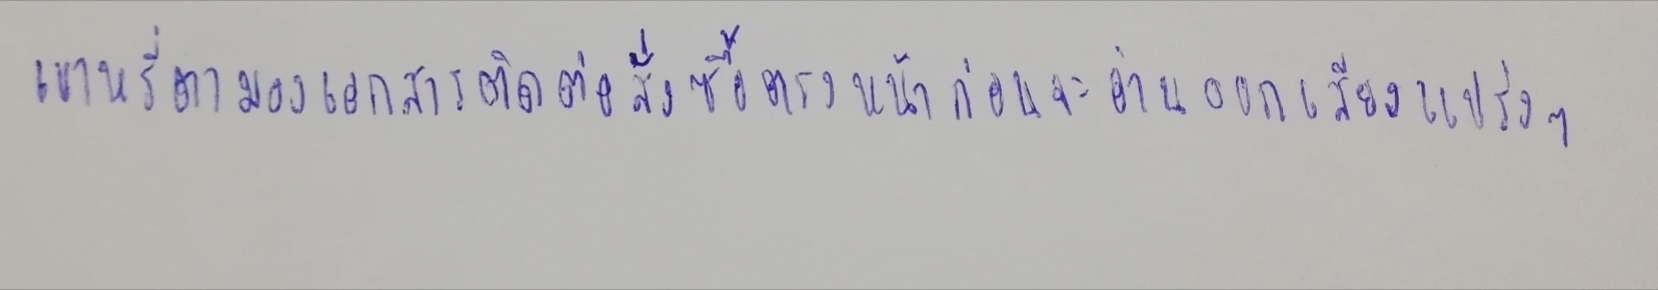
เขาหรี่ตามองเอกสารติดต่อสั่งซื้อตรงหน้าก่อนจะออกเสียงแปร่งๆ